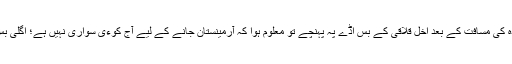
گھنٹےبھر سے زیادہ کی مسافت کے بعد اخل قلاقی کے بس اڈے پہ پہنچے تو معلوم ہوا کہ آرمینستان جانے کے لیے آج کوءی سواری نہیں ہے؛ اگلی بس سویرے چلے گی۔